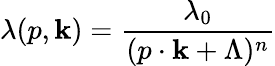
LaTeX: \lambda(p,\mathbf{k})={\frac{{\lambda_{0}}}{{(p\cdot\mathbf{k}+\Lambda)^{n}}}}